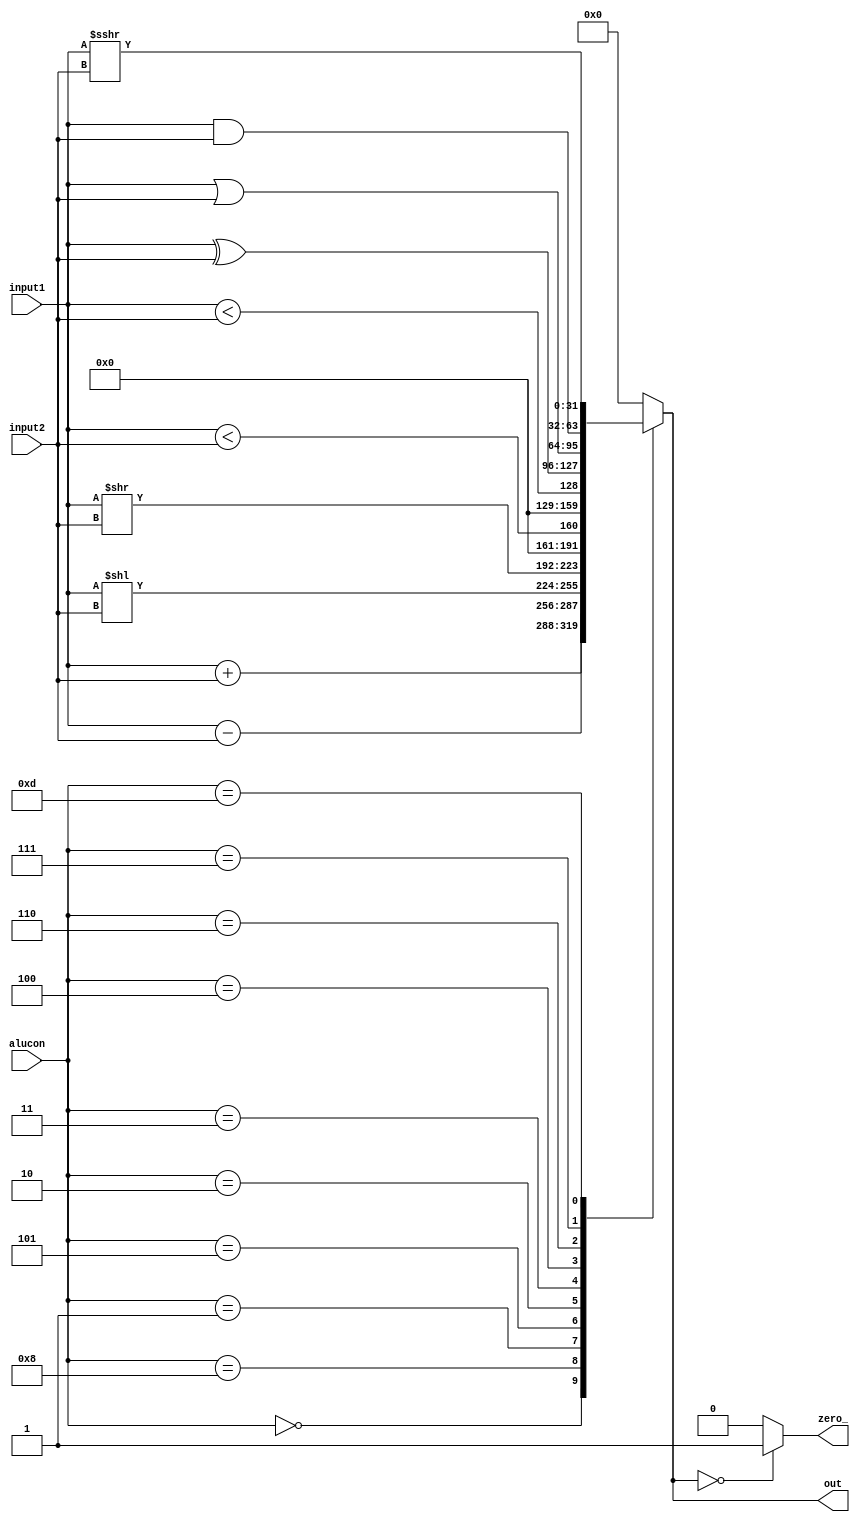
module alu(
    input [31:0] input1,
    input [31:0] input2,
    input [3:0] alucon,
    output reg zero_,
    output reg [31:0] out
    );
    
    always @ (*) begin
        //$display("%d",input1);
        case (alucon)
            
            4'b0000 : out <= input1 + input2; //add 
            4'b1000 : out <= input1 - input2; //sub 
            4'b0001 : out <= input1 << input2; //sll 
            4'b0101 : out <= input1 >> input2; //srl 
            4'b0010 : out <= $signed(input1) < $signed(input2); //slt 
            4'b0011 : out <= input1 < input2; //sltu 
            4'b0100 : out <= input1 ^ input2; //xor 
            4'b0110 : out <= input1 | input2; //or 
            4'b0111 : out <= input1 & input2; //and 
            4'b1101 : out <= $signed(input1) >>> input2; //sra
            default : out <= 32'b0;
        
        endcase
            
        if(out == 0) begin
            zero_ <= 1'b1;                
        end else begin
            zero_ <= 1'b0;
        end
            
    end 
            
endmodule